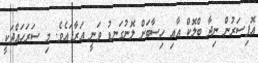
އޮފިސަރުން ނިދާ ބްލޮކް އާއި ހިސާބަށް ލޮނުގަނޑު ވަނީ އަަރާފައެވެ. މި ސަރަހައްދަކީ